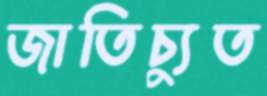
জাতিচ্যুত